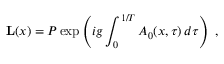
{ \bf L } ( x ) = { \cal P } \exp \left( i g \int _ { 0 } ^ { 1 / T } A _ { 0 } ( x , \tau ) \, d \tau \right) \; ,